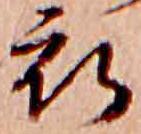
衣